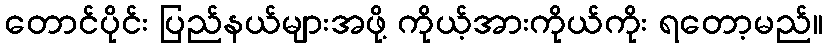
တောင်ပိုင်း ပြည်နယ်များအဖို့ ကိုယ့်အားကိုယ်ကိုး ရတော့မည်။